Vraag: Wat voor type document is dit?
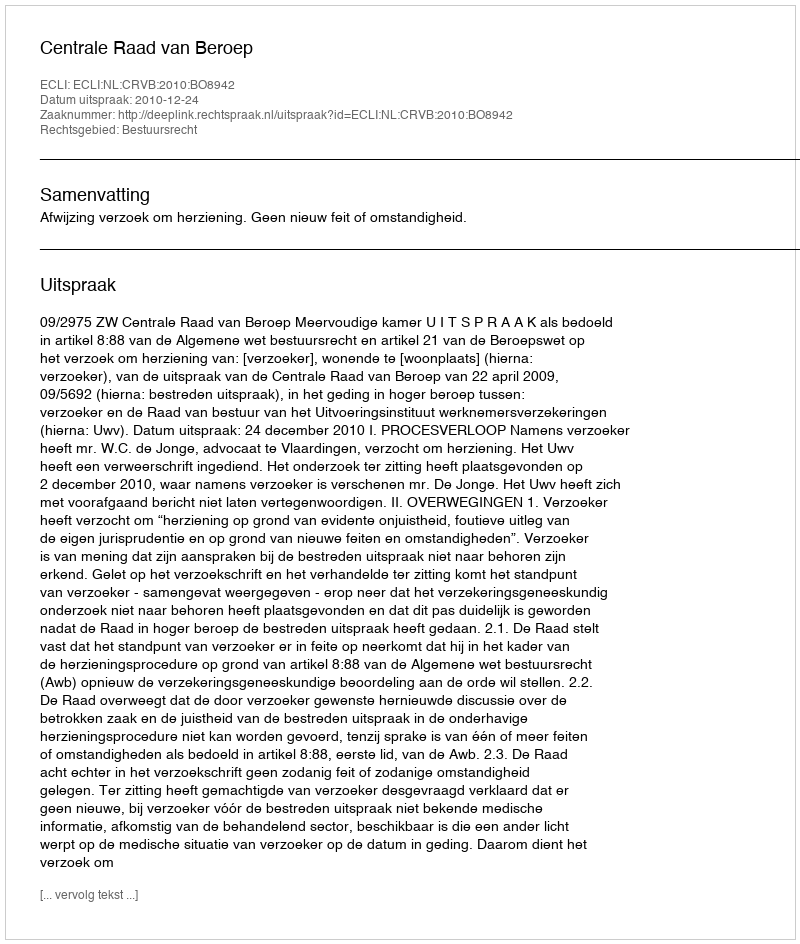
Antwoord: Uitspraak